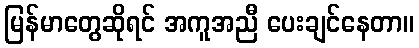
မြန်မာတွေဆိုရင် အကူအညီ ပေးချင်နေတာ။